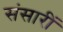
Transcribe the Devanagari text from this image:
संसारीं